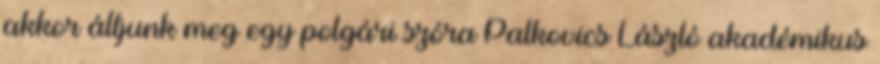
akkor álljunk meg egy polgári szóra Palkovics László akadémikus